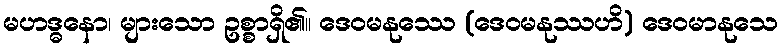
မဟဒ္ဓနော၊ များသော ဥစ္စာရှိ၏။ ဒေဝမနုဿေ (ဒေဝမနုဿဟိ) ဒေဝမာနုသေ